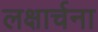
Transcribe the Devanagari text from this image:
लक्षार्चना